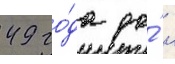
49 го́да до́ н